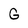
Character: G